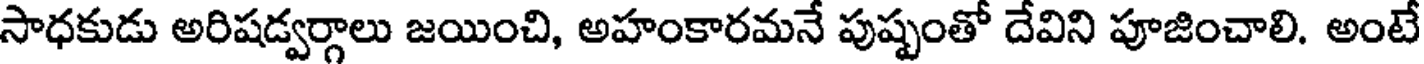
సాధకుడు అరిషడ్వర్గాలు జయించి, అహంకారమనే పుష్పంతో దేవిని పూజించాలి. అంటే